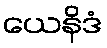
ယေနိဒံ